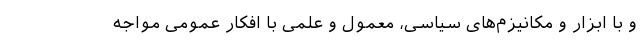
و با ابزار و مکانیزم‌های سیاسی، معمول و علمی با افکار عمومی مواجه